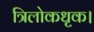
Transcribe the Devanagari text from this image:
त्रिलोकधृक।